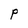
Character: P